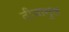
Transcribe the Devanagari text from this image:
दीवानुल